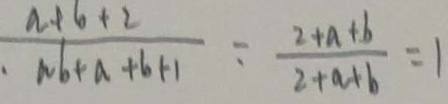
\frac { a + b + 2 } { b _ { n } + a + b + 1 } = \frac { 2 + a + b } { 2 + a + b } = 1